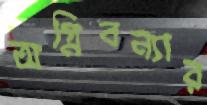
অগ্নিবন্যার